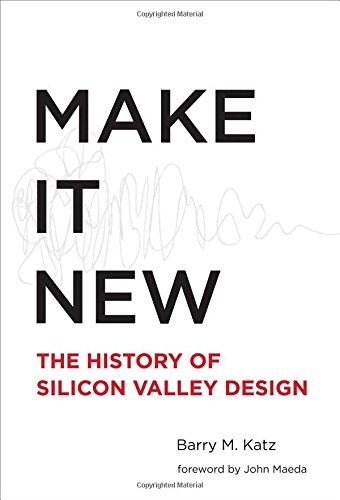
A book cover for Make It New: The History of Silicon Valley Design; Barry M. Katz; Business & Money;